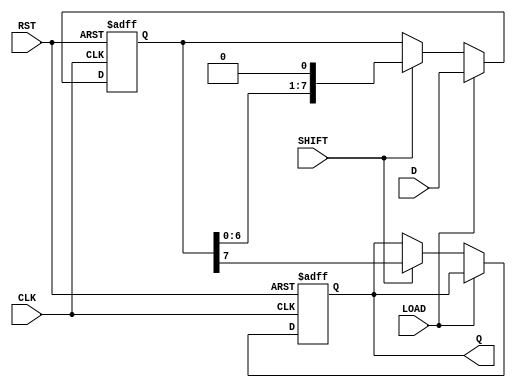
module PISO_Register #(
    parameter N = 8  // Define the width of the register
)(
    input wire [N-1:0] D,     // Parallel Data Input
    input wire LOAD,          // Load Control Signal
    input wire SHIFT,         // Shift Control Signal
    input wire CLK,           // Clock Signal
    input wire RST,           // Asynchronous Reset Signal
    output reg Q              // Serial Output
);

    reg [N-1:0] shift_reg;    // Internal shift register to hold the data

    always @(posedge CLK or posedge RST) begin
        if (RST) begin
            // Asynchronous reset
            shift_reg <= {N{1'b0}}; // Clear the register
            Q <= 1'b0;              // Clear the serial output
        end else begin
            if (LOAD) begin
                // Load the parallel data into the shift register
                shift_reg <= D;
            end else if (SHIFT) begin
                // Shift the data out serially
                Q <= shift_reg[N-1]; // Output the MSB
                shift_reg <= {shift_reg[N-2:0], 1'b0}; // Shift left
            end
        end
    end

endmodule